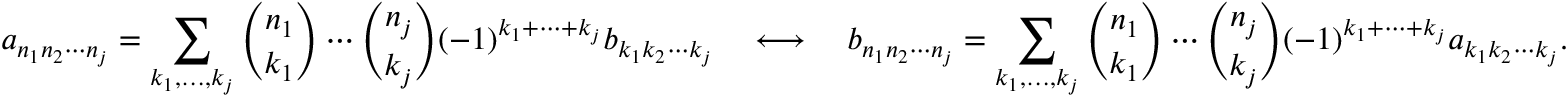
a _ { n _ { 1 } n _ { 2 } \cdots n _ { j } } = \sum _ { k _ { 1 } , \ldots , k _ { j } } { \binom { n _ { 1 } } { k _ { 1 } } } \cdots { \binom { n _ { j } } { k _ { j } } } ( - 1 ) ^ { k _ { 1 } + \cdots + k _ { j } } b _ { k _ { 1 } k _ { 2 } \cdots k _ { j } } \quad \longleftrightarrow \quad b _ { n _ { 1 } n _ { 2 } \cdots n _ { j } } = \sum _ { k _ { 1 } , \ldots , k _ { j } } { \binom { n _ { 1 } } { k _ { 1 } } } \cdots { \binom { n _ { j } } { k _ { j } } } ( - 1 ) ^ { k _ { 1 } + \cdots + k _ { j } } a _ { k _ { 1 } k _ { 2 } \cdots k _ { j } } .